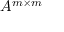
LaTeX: A ^ { m \times m }